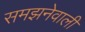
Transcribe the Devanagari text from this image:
समझनेवाली